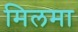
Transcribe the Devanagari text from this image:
मिलमा